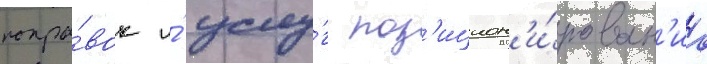
попра́вок и́ услу́г поз'ицион'и́рован'иа